Civil Veterinary Department. United Provinces 1932-42 - 1932-1942
Year: 1932
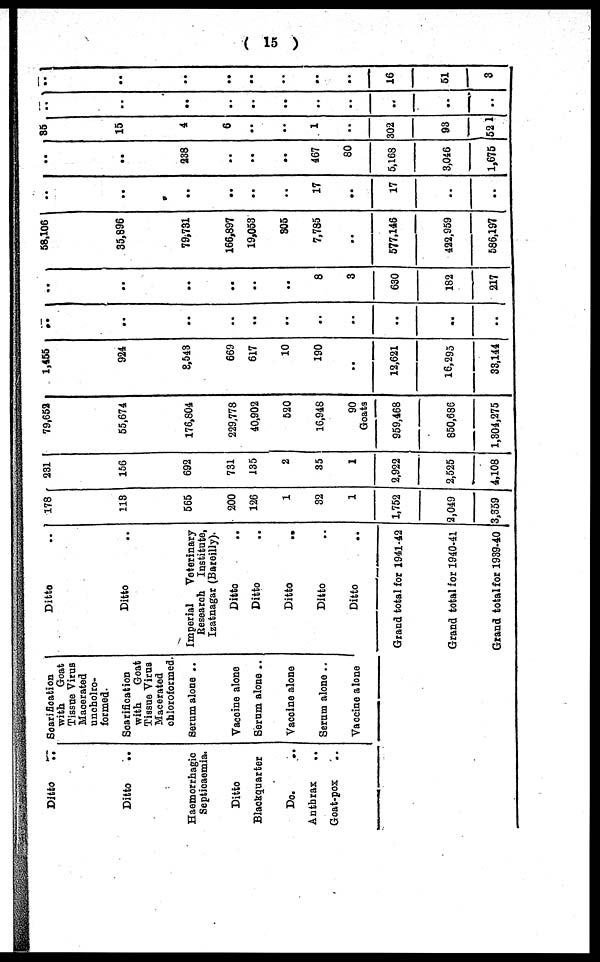
( 15 )
Ditto
..
Ditto ..
Haemorrhagic
Septioaemia
Ditto
Blackquarter
Do. ..
Anthrax
..
Goat-pox ..
Scarification
with
Goat
Tissue Virus
Macerated
uncholro-
formed.
Scarification
with
Goat
Tissue Virus
Macerated
chloroformed.
Serum alone ..
Vaccine alone
Serum alone ..
Vaccine alone
Serum alone ..
Vaccine alone
Ditto ..
Ditto ..
Imperial
Veterinary
Research Institute,
Izatnagar (Bareilly).
Ditto ..
Ditto ..
Ditto
..
Ditto ..
Ditto ..
Grand total for 1941-42
Grand total for 1940-41
Grand total for 1939-40
178
118
565
200
126
1
32
1
1,752
2,049
3,359
231
156
692
731
135
2
35
1
2,922
2,525
4,108
79,652
55,674
176,804
229,778
40,902
520
16,948
90
Goats
959,468
850,686
1,304,275
1,455
924
8,543
669
617
10
190
..
12,621
16,295
33,144
..
..
..
..
..
..
..
..
..
..
..
..
..
..
..
..
8
3
630
182
217
58,106
35,896
79,731
166,897
19,053
305
7,785
..
577,146
422,959
586,197
..
..
..
..
..
..
17
..
17
..
..
..
..
238
..
..
..
467
80
5,168
3,046
1,675
35
15
4
6
..
..
1
..
..
302
93
52 1
..
..
..
..
..
..
..
..
..
..
..
..
..
..
..
..
..
..
..
..
..
16
51
3